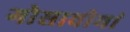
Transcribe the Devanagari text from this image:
गोसावीयां